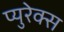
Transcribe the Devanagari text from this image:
प्युरेक्स